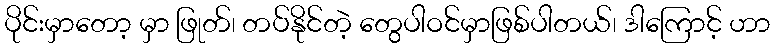
ပိုင်းမှာတော့ မှာ ဖြုတ်၊ တပ်နိုင်တဲ့ တွေပါဝင်မှာဖြစ်ပါတယ်၊ ဒါကြောင့် ဟာ